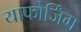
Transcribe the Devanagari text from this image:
याफोर्जिंग